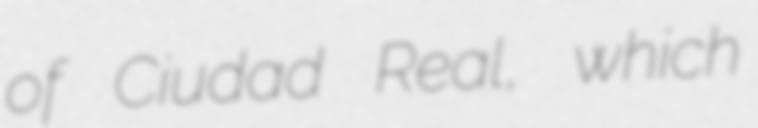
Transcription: of Ciudad Real, which